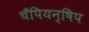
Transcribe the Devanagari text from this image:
चँपियन्षिप